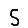
Digit: 5